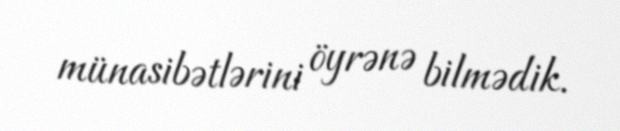
münasibətlərini öyrənə bilmədik.